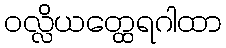
ဝလ္လိယတ္ထေရဂါထာ